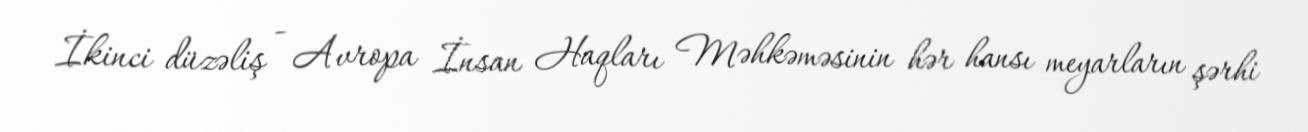
İkinci düzəliş - Avropa İnsan Haqları Məhkəməsinin hər hansı meyarların şərhi